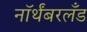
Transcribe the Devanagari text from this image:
नॉर्थंबरलँड